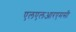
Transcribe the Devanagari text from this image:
एलएलआरएमसी